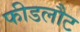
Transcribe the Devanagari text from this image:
फीडलौट